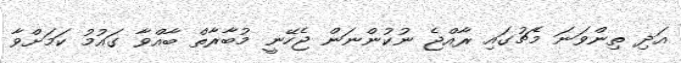
އަދި ތިންވަނަ މެޗުގައި ރާއްޖެ ނުކުންނަން ޖެހޭނީ މުބާރާތް ބާއްވާ ގައުމު ކަމަށްވާ